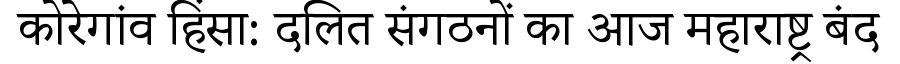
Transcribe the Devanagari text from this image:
कोरेगांव हिंसा: दलित संगठनों का आज महाराष्ट्र बंद